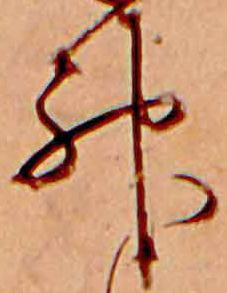
神